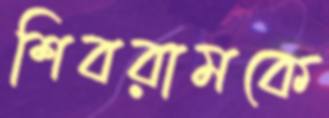
শিবরামকে